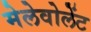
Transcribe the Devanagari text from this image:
मेलेवोलेंट